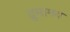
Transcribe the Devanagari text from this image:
द्रुमामय